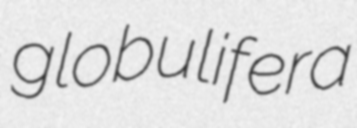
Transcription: globulifera